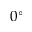
0 ^ { \circ }